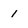
Character: 1